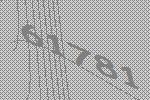
61781